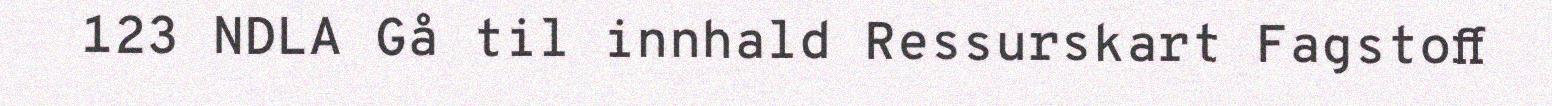
123 NDLA Gå til innhald Ressurskart Fagstoff